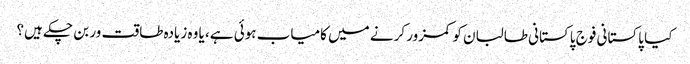
کیا پاکستانی فوج پاکستانی طالبان کو کمزور کرنے میں کامیاب ہوئی ہے، یا وہ زیادہ طاقت ور بن چکے ہیں؟